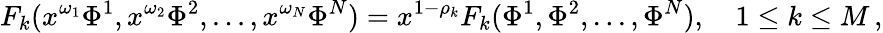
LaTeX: F_{k}(x^{\omega_{1}}\Phi^{1},x^{\omega_{2}}\Phi^{2},...,x^{\omega_{N}}\Phi^{N})=x^{1-\rho_{k}}F_{k}(\Phi^{1},\Phi^{2},...,\Phi^{N}),\quad 1\le k\le M\, ,